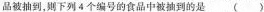
品被抽到，则下列4个编号的食品中被抽到的是 ()